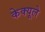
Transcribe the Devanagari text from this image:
केक्यूले